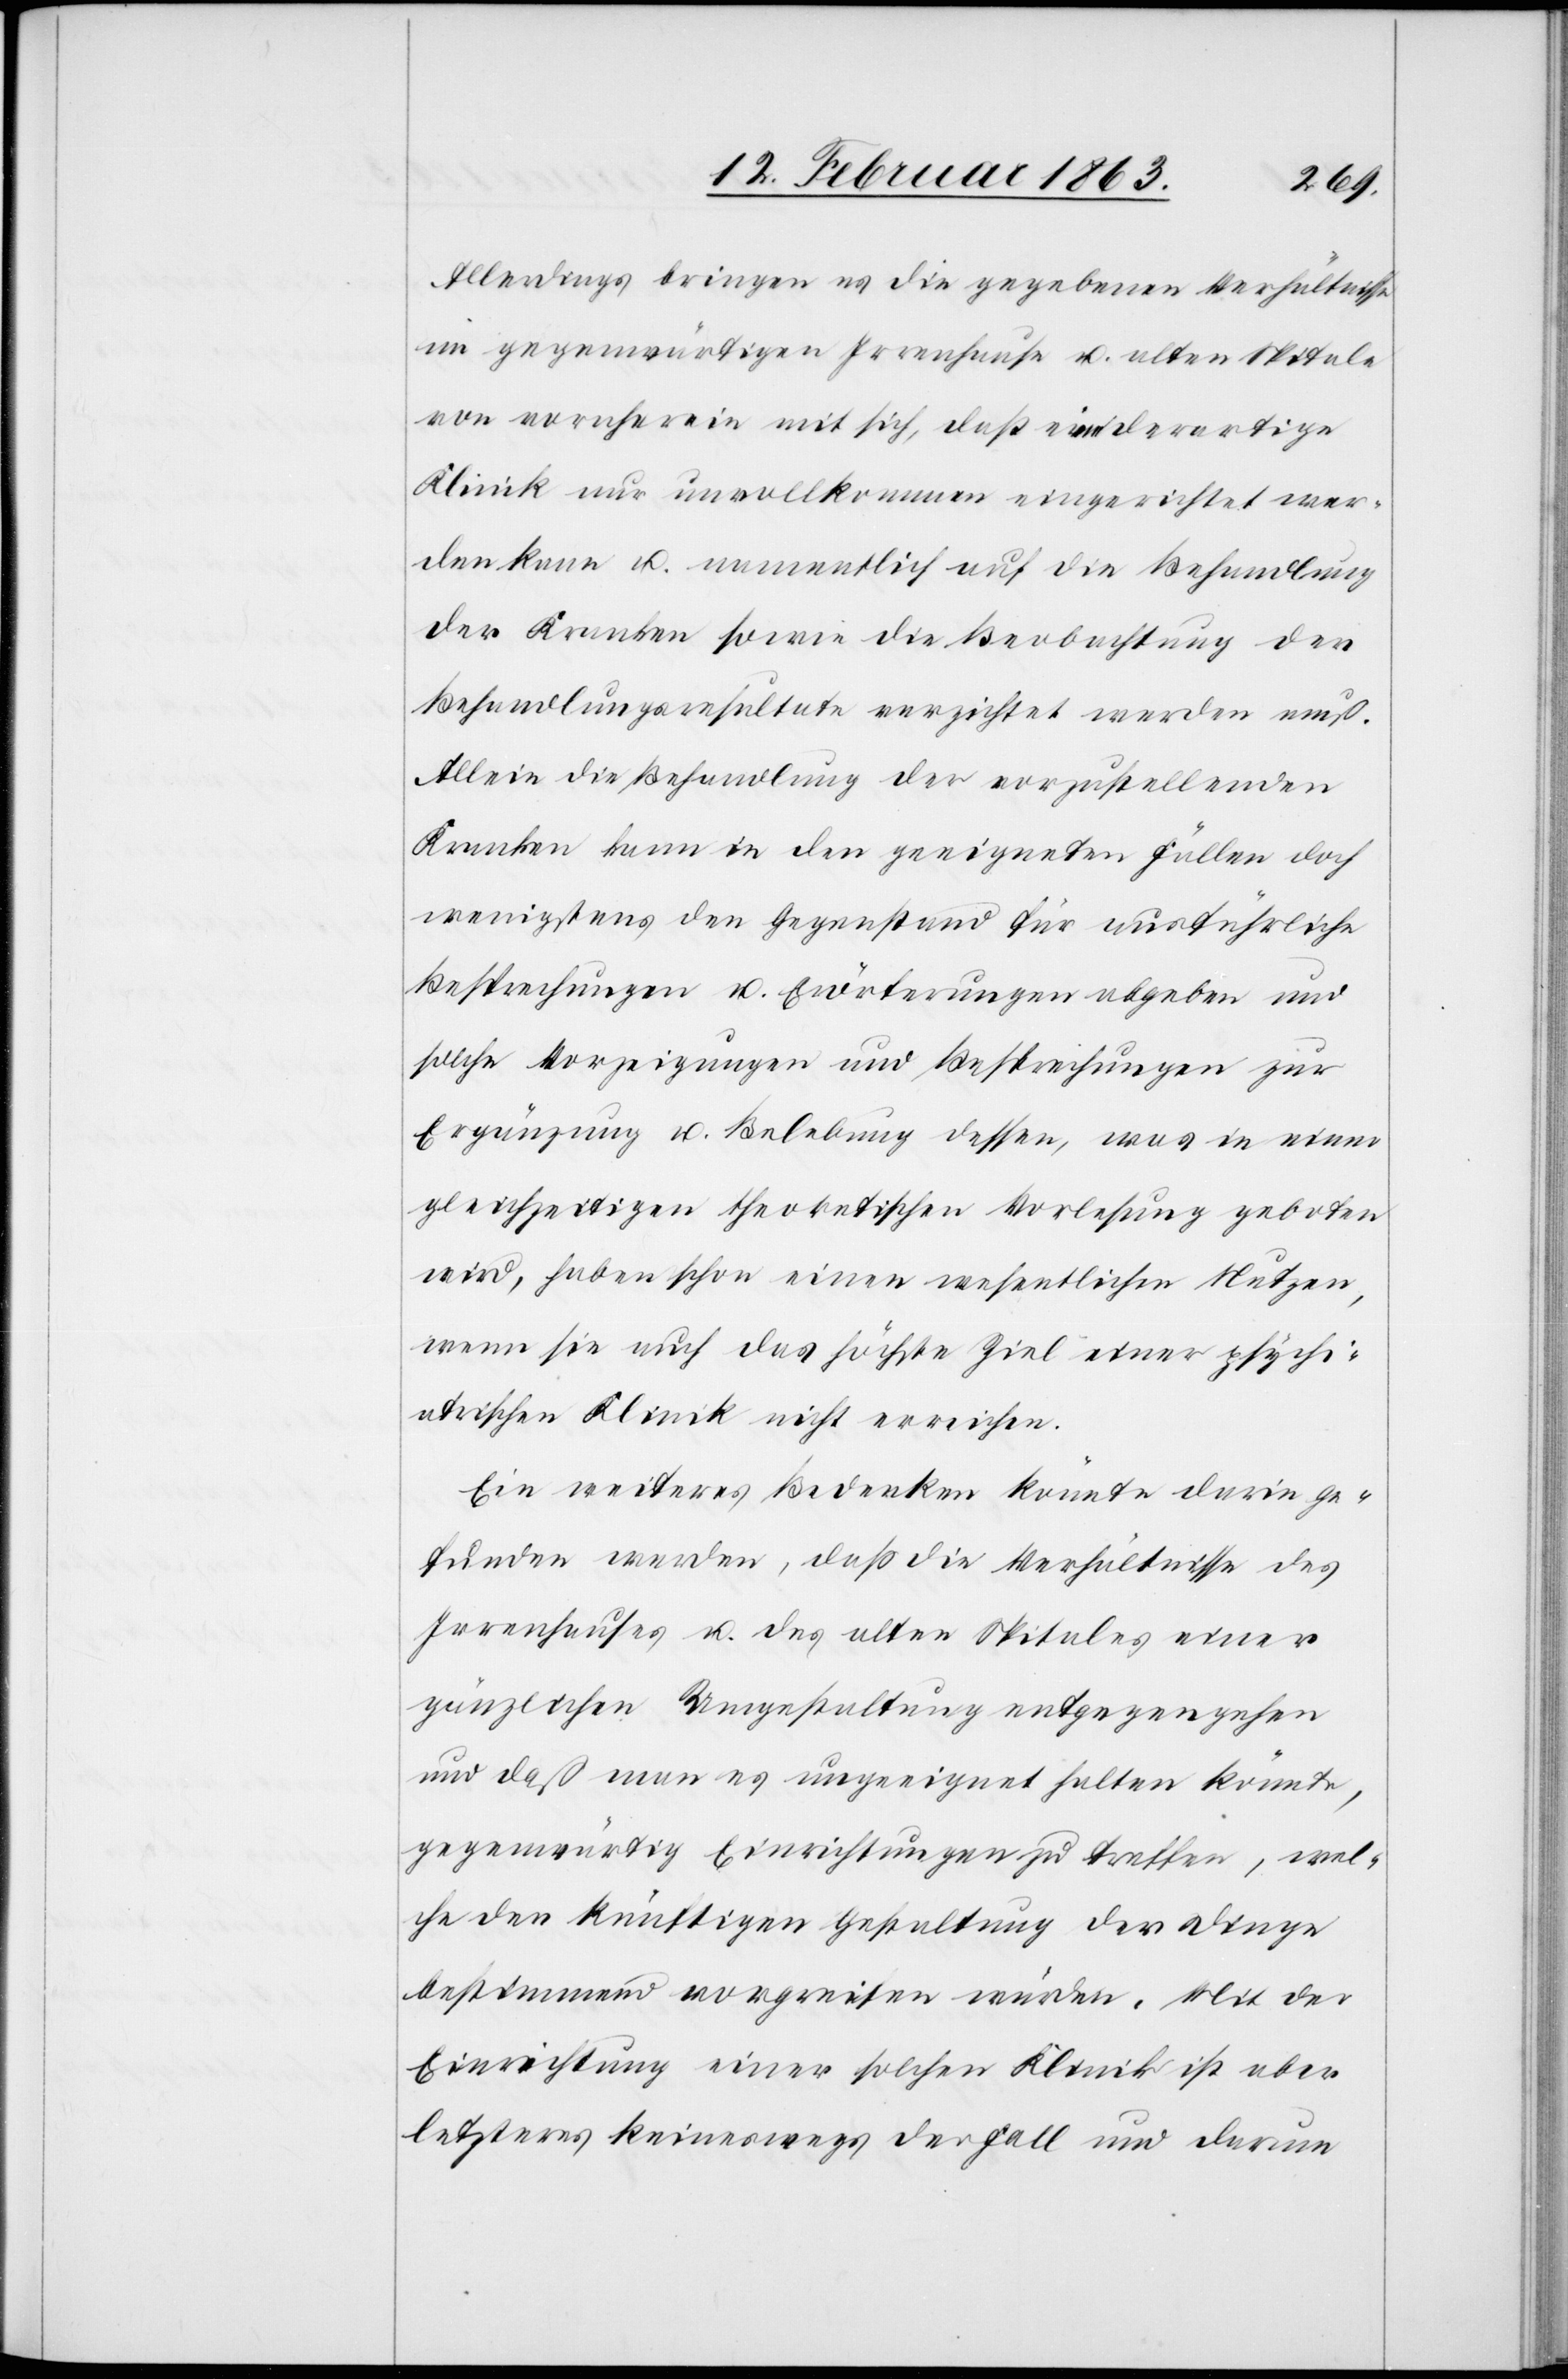
Allerdings bringen es die gegebenen Verhältnisse
im gegenwärtigen Irrenhause u. alten Spitale
von vornherein mit sich, daß eine derartige
Klinik nur unvollkommen eingerichtet wer¬
den kann u. namentlich auf die Behandlung
der Kranken sowie die Beobachtung der
Behandlungsresultate verzichtet werden muß.
Allein die Behandlung der vorzustellenden
Kranken kann in den geeigneten Fällen doch
wenigstens den Gegenstand für ausführliche
Besprechungen u. Erörterungen abgeben und
solche Vorzeigungen und Besprechungen zur
Ergänzung u. Belebung dessen, was in einer
gleichzeitigen theoretischen Vorlesung geboten
wird, haben schon einen wesentlichen Nutzen,
wenn sie auch das höchste Ziel einer psychi¬
atrischen Klinik nicht erreichen.
Ein weiteres Bedenken könnte darin ge¬
funden werden, daß die Verhältnisse des
Irrenhauses u. des alten Spitales einer
gänzlichen Umgestaltung entgegengehen
und daß man es ungeeignet halten könnte,
gegenwärtig Einrichtungen zu treffen, wel¬
che den [sic!] künftigen Gestaltung der Dinge
bestimmend vorgreifen würden. Mit der
Einrichtung einer solchen Klinik ist aber
letzteres keineswegs der Fall und darum